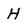
Character: H